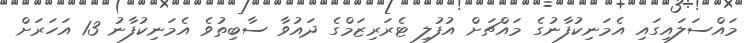
މައްސަލައިގައި އެމަނިކުފާނުގެ މައްޗަށް އުފުލި ޓެރަރިޒަމްގެ ދައުވާ ސާބިތުވެ އެމަނިކުފާނު 13 އަހަރަށް